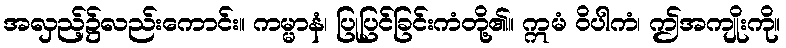
အလှည့်၌လည်းကောင်း။ ကမ္မာနံ၊ ပြုပြင်ခြင်းကံတို့၏။ ဣမံ ဝိပါကံ၊ ဤအကျိုးကို။